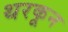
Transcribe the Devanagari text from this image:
थरकून